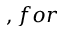
, f o r